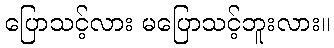
ပြောသင့်လား မပြောသင့်ဘူးလား။